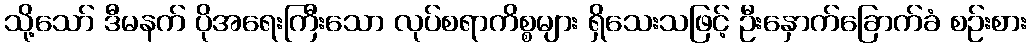
သို့သော် ဒီမနက် ပိုအရေးကြီးသော လုပ်စရာကိစ္စများ ရှိသေးသဖြင့် ဦးနှောက်ခြောက်ခံ စဉ်းစား